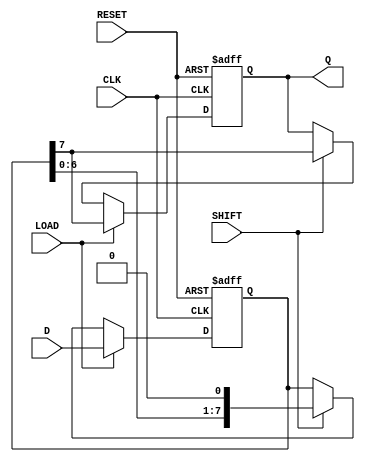
module PISO_Register #(
    parameter WIDTH = 8  // Configurable width of the register
)(
    input wire [WIDTH-1:0] D,      // Parallel data input
    input wire LOAD,                // Load control signal
    input wire SHIFT,               // Shift control signal
    input wire CLK,                 // Clock signal
    input wire RESET,               // Asynchronous reset
    output reg Q                   // Serial output
);

    // Internal register to hold the parallel data
    reg [WIDTH-1:0] shift_reg;

    always @(posedge CLK or posedge RESET) begin
        if (RESET) begin
            // Reset the shift register
            shift_reg <= {WIDTH{1'b0}};
            Q <= 1'b0;  // Reset output
        end else if (LOAD) begin
            // Load parallel data into the shift register
            shift_reg <= D;
            Q <= shift_reg[WIDTH-1]; // Output the MSB
        end else if (SHIFT) begin
            // Shift the register to the right
            Q <= shift_reg[WIDTH-1]; // Output the MSB
            shift_reg <= {shift_reg[WIDTH-2:0], 1'b0}; // Shift left, new LSB is zero
        end
    end

endmodule